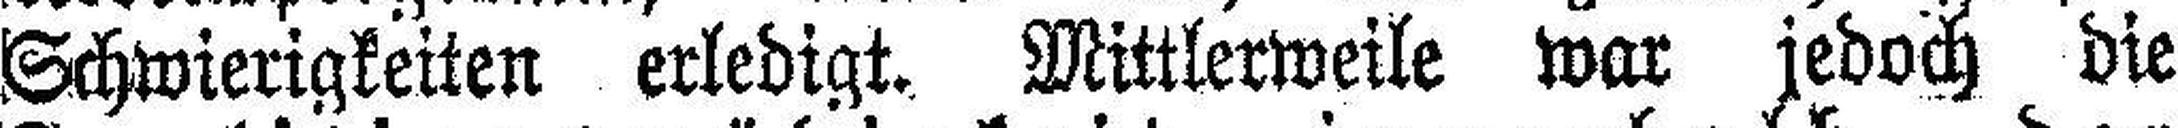
Schwierigkeiten erledigt. Mittlerweile war jedoch die